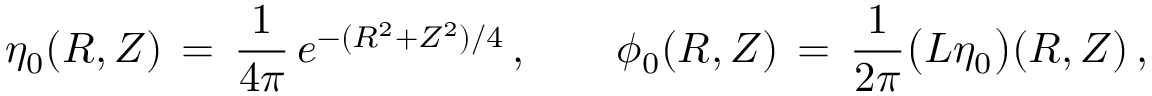
\eta _ { 0 } ( R , Z ) \, = \, \frac { 1 } { 4 \pi } \, e ^ { - ( R ^ { 2 } + Z ^ { 2 } ) / 4 } \, , \qquad \phi _ { 0 } ( R , Z ) \, = \, \frac { 1 } { 2 \pi } \bigl ( L \eta _ { 0 } \bigr ) ( R , Z ) \, ,